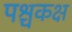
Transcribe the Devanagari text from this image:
पश्चकक्ष